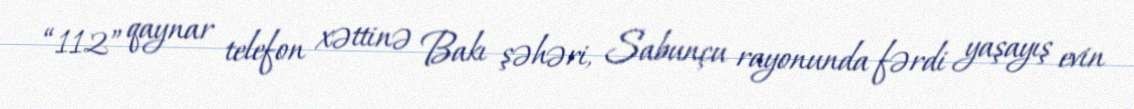
“112” qaynar telefon xəttinə Bakı şəhəri, Sabunçu rayonunda fərdi yaşayış evin